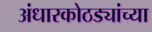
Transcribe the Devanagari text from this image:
अंधारकोठड्यांच्या